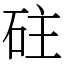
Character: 砫